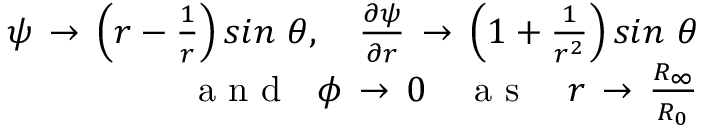
\begin{array} { r } { \psi \, \to \, \left( r - \frac { 1 } { r } \right) s i n \ \theta , \ \ \ \frac { \partial \psi } { \partial r } \, \to \, \left( 1 + \frac { 1 } { r ^ { 2 } } \right) s i n \ \theta } \\ { \mathrm { ~ a ~ n ~ d ~ } \ \ \phi \, \to \, 0 \ \ \ \mathrm { ~ a ~ s ~ } \ \ \ r \, \to \, \frac { R _ { \infty } } { R _ { 0 } } } \end{array}